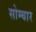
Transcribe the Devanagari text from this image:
सोम्बार